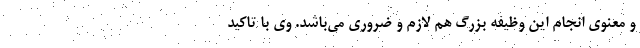
و معنوی انجام این وظیفه بزرگ هم لازم و ضروری می‌باشد. وی با تاکید